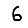
Digit: 6